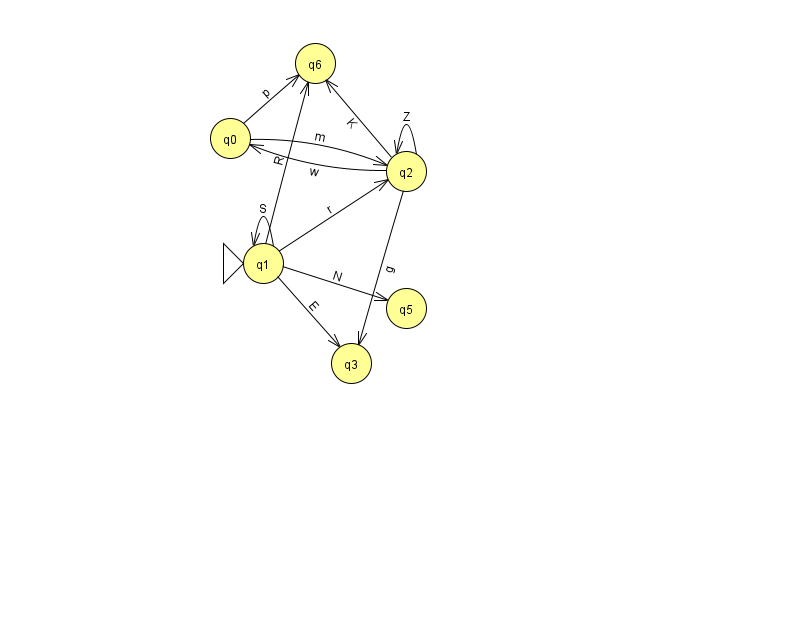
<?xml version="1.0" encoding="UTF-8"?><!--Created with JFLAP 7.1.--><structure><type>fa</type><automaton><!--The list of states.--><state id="0" name="q0"><x>230.0</x><y>125.0</y></state><state id="1" name="q1"><x>263.0</x><y>250.0</y><initial/></state><state id="2" name="q2"><x>406.0</x><y>158.0</y></state><state id="3" name="q3"><x>351.0</x><y>350.0</y></state><state id="5" name="q5"><x>406.0</x><y>295.0</y></state><state id="6" name="q6"><x>315.0</x><y>50.0</y></state><!--The list of transitions.--><transition><from>1</from><to>3</to><read>E</read></transition><transition><from>2</from><to>0</to><read>w</read></transition><transition><from>1</from><to>1</to><read>S</read></transition><transition><from>0</from><to>6</to><read>p</read></transition><transition><from>0</from><to>2</to><read>m</read></transition><transition><from>1</from><to>5</to><read>N</read></transition><transition><from>2</from><to>2</to><read>Z</read></transition><transition><from>2</from><to>6</to><read>K</read></transition><transition><from>1</from><to>2</to><read>r</read></transition><transition><from>1</from><to>6</to><read>R</read></transition><transition><from>2</from><to>3</to><read>g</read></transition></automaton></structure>